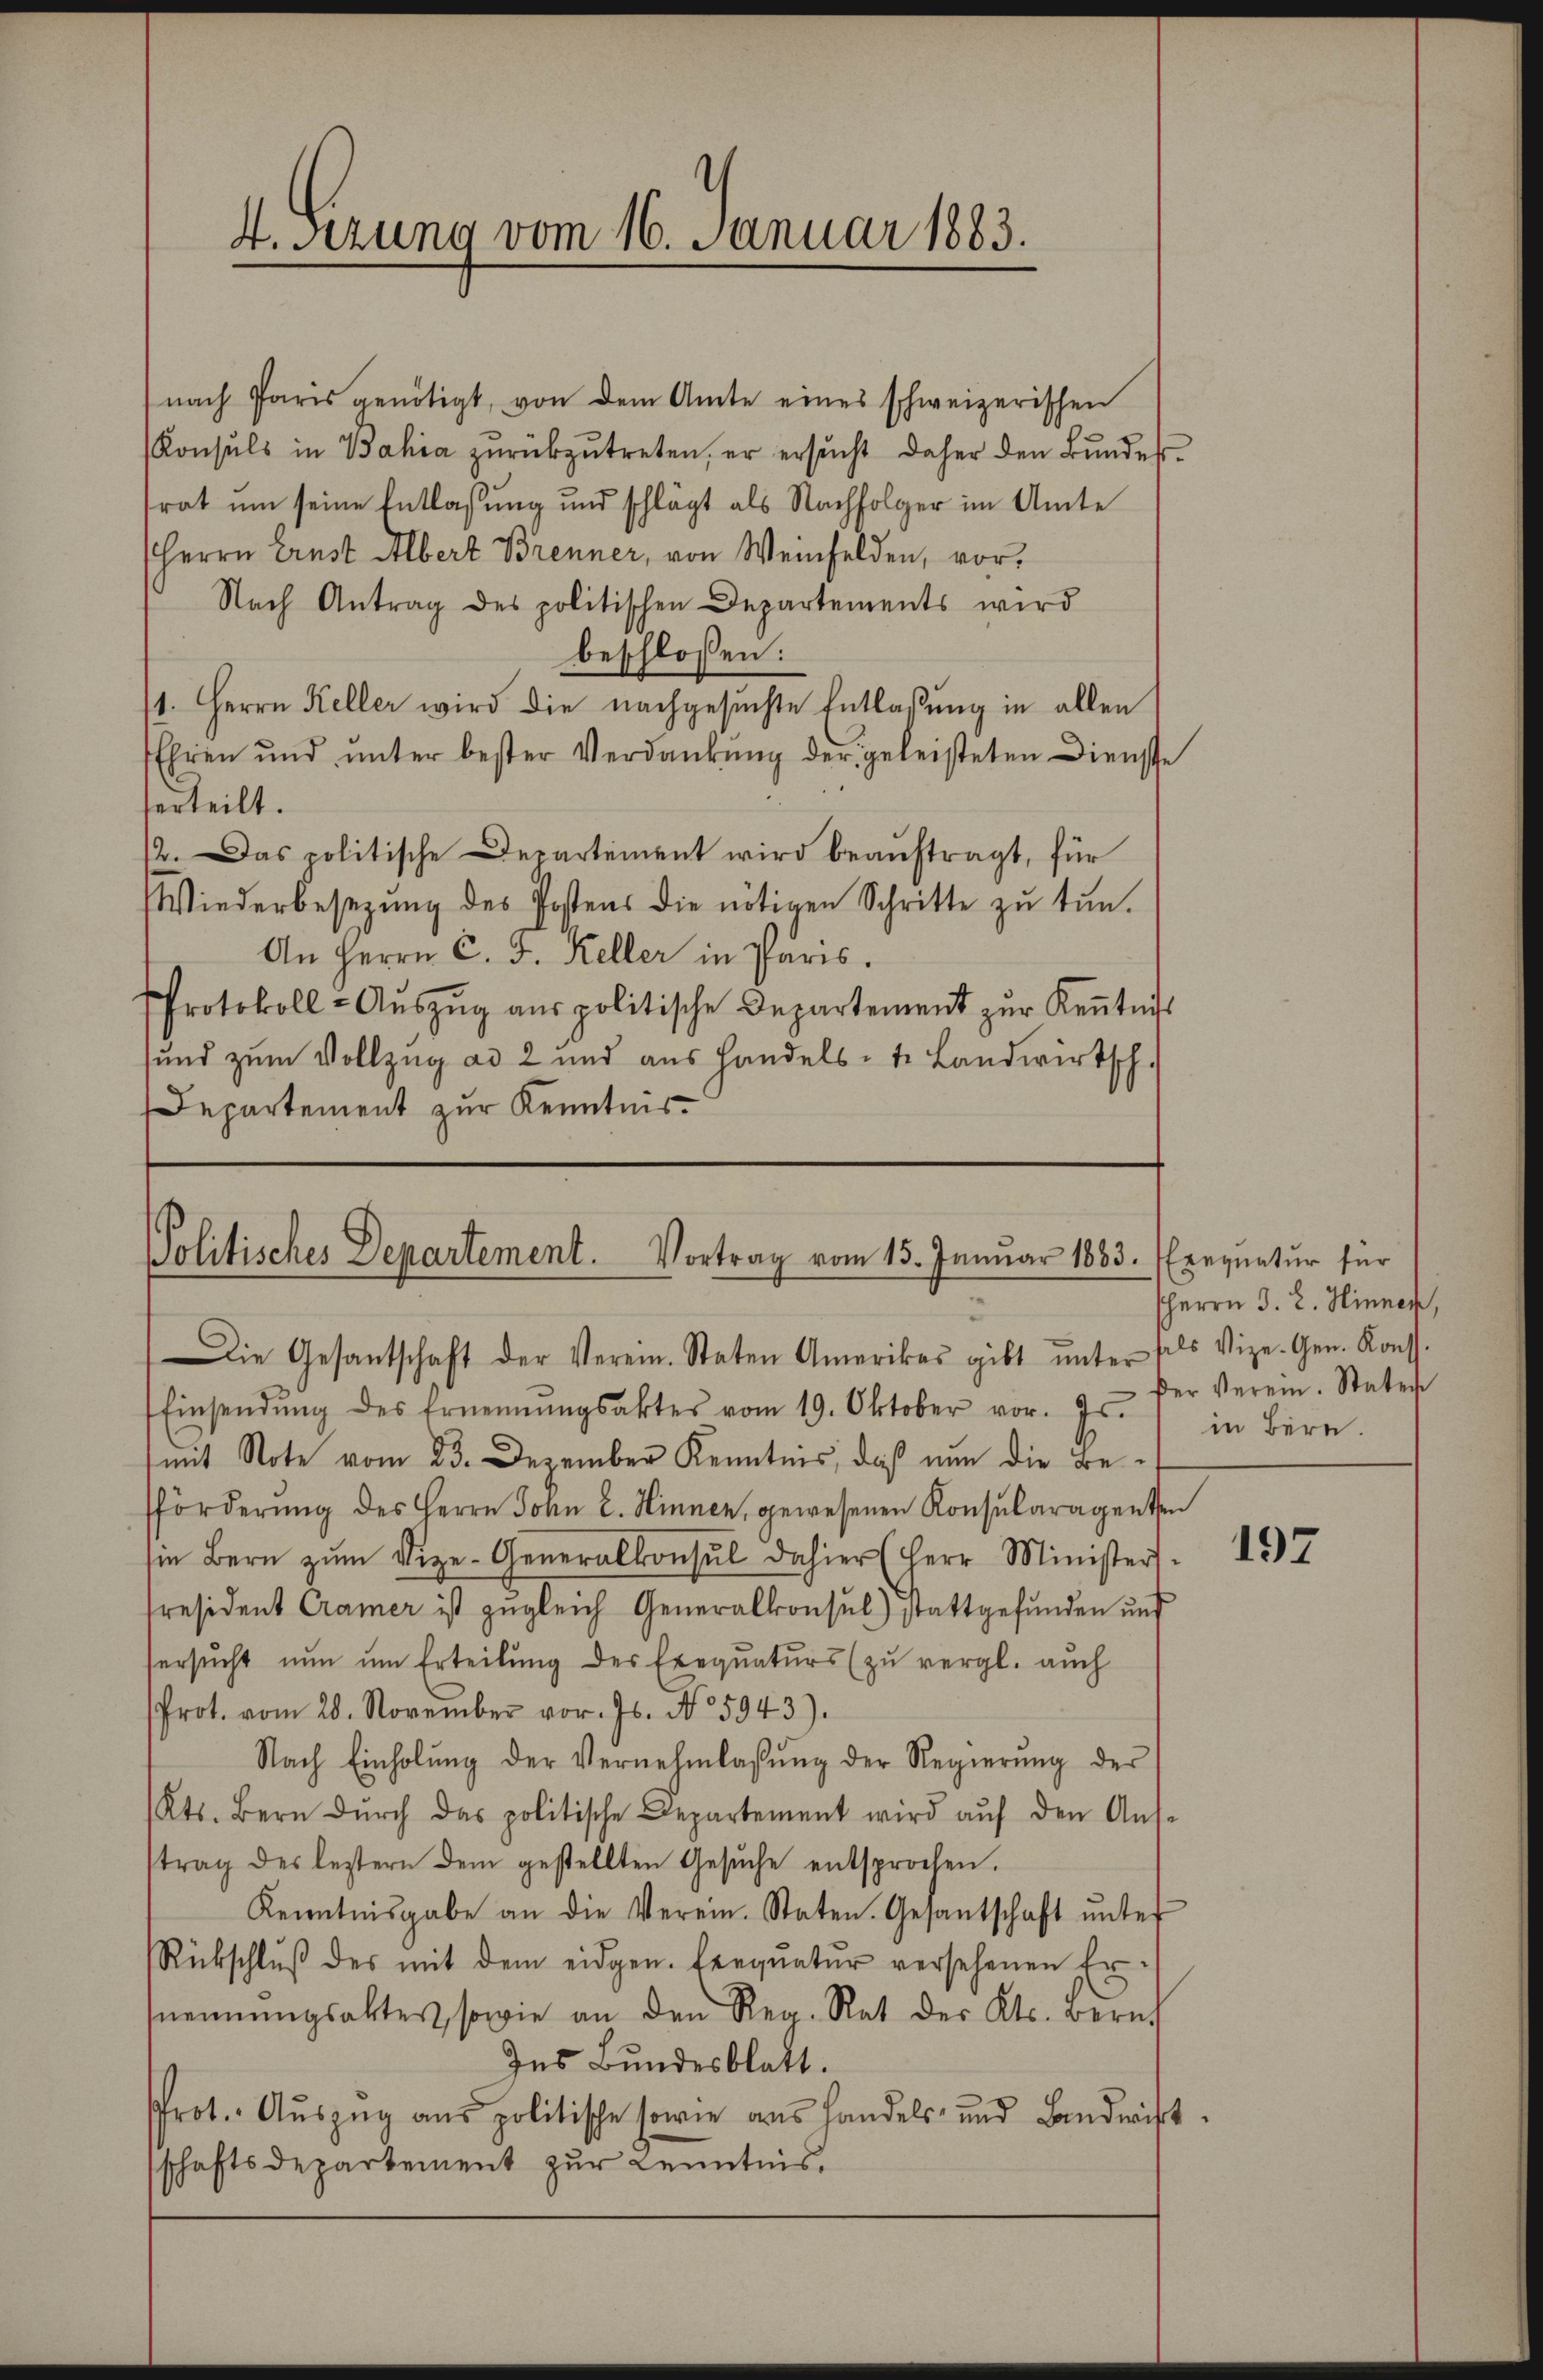
(nach Paris genötigt, von dem Amte eines schweizerischen
Konsuls in Bahia zŭrükzŭtreten, er ersŭcht daher den Bŭndesrat um seine Entlassung und schlägt als Nachfolger im Amte
Herrn Ernst Albert Brenner, von Weinfelden, vor¬
Nach Antrag des politischen Departements wird
beschlossen:
1. Herrn Keller wird die nachgesuchte Entlaßung in allen
Ehren ŭnd ŭnter bester Verdankŭng der geleisteten Dienste
erteilt.
12. Das politische Departement wird beauftragt, für
Wiederbesezung des Postens die nötigen Schritte zu tun.
An Herrn C. F. Keller in Paris.
Protokoll- Aŭszŭg aŭs politische Departement zŭr Keṅtnis
und zum Vollzug ad 2 und aus handels- t. Landwirtsch.
Departement zur Kenntnis

4.Sezung vom 16. Januar 1883.

Politisches Departement. Vortrag vom 15. Januar 1883. (Erequatur für
Die Gesantschaft der Verein. Staten Amerikas gibt ŭnter fels Vize- Gen. Kons.

Einsendŭng des Ernennungsaktes vom 19. Oktober vor. Js.
mit Note vom 23. Dezember Kenntnis, daß nun die Befförderung des Herrn John E. Hinnen, gewesenen Konsularagenten
in Bern zŭm Vize-Generalkonsul dahier (Herr Minister
President Cramer ist zugleich Generalkonsul) stattgefunden und
ersŭcht nun um Erteilŭng des Exequaturs (zu vergl. auch
Prot. vom 28. November vor. Js. No. 5943).
Nach Einholŭng der Vernehmlassŭng der Regierŭng der
Kts. Bern dŭrch das politische Departement wird aŭf den Aŭs-
trag des leztern dem gestellten Gesŭche entsprochen.
Kenntnisgabe an die Verein. Staten. Gesantschaft ŭnter
Rückschlŭβ des mit dem eidgen. Eerqŭatŭr versehenen Er-
nennungsakter, sowie an den Reg. Rat des Kts. Bernh
Ins Bundesblatt.
Prot. Auszug aus politische sowie aus handels- und Landwist
schaftsdepartement zur Kenntnis.

HHerrn J. 2. Hinner,
der Verein. Staten
in Bern.

197